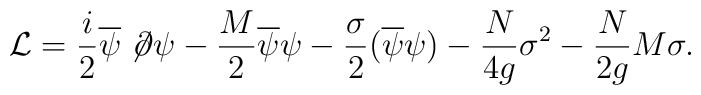
{\cal L} =\frac{i}2\overline \psi \not \!\partial \psi - \frac{M}2\overline \psi\psi-\frac{\sigma}2 (\overline \psi\psi)- \frac{N}{4g}\sigma^2-\frac{N}{2g} M \sigma.